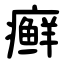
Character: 癣